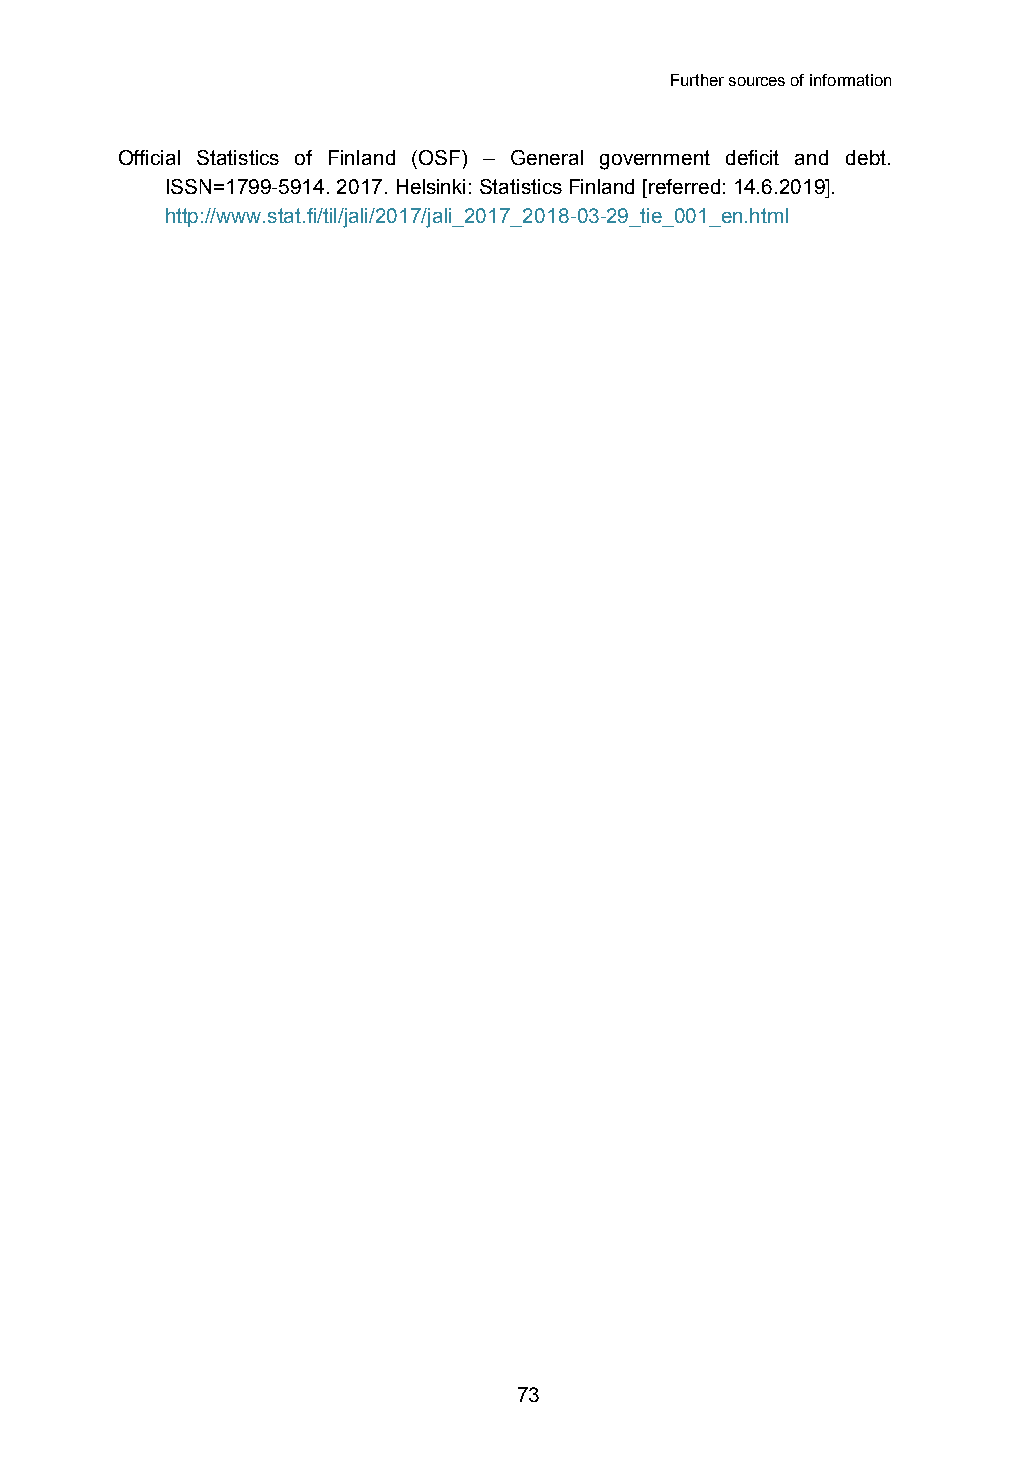
Further sources of information
 Official Statistics of Finland (OSF) – General government deficit and debt.
 ISSN=1799-5914. 2017. Helsinki: Statistics Finland [referred: 14.6.2019].
 http://www.stat.fi/til/jali/2017/jali_2017_2018-03-29_tie_001_en.html
 73